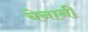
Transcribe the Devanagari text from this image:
चेनानी